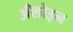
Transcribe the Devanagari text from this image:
अँलोइन